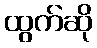
ထွက်ဆို